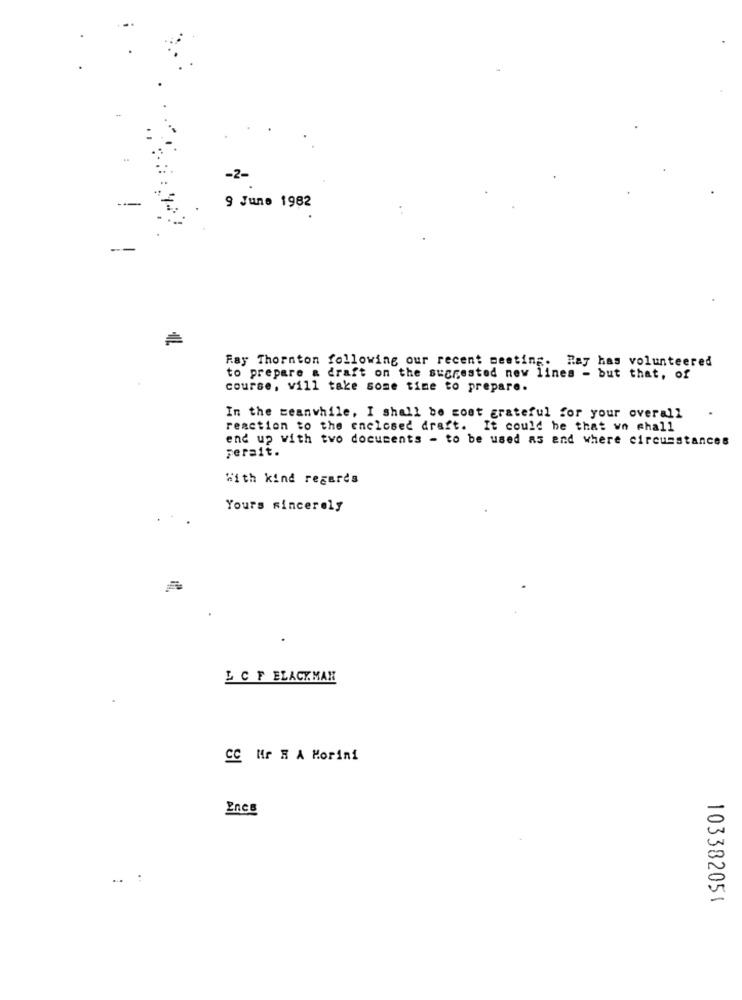
-2-
9 June 1982
Ray Thornton following our recent meeting. Ray has volunteered
to prepare a draft on the suarested new lines - but that, of
course, vill take some time to prepare.
In the meanwhile, I shall be cost grateful for your overall
reaction to the enclosed draft. It could be that we shall
end up with two documents - to be used as and where circumstances
Ferait.
With kind regards
Yours sincerely
L C F ELACK. MAN
CC Mr H A Morini
Encs
...
:
103382051